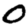
Digit: 0